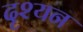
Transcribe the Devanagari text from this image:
दृश्यन